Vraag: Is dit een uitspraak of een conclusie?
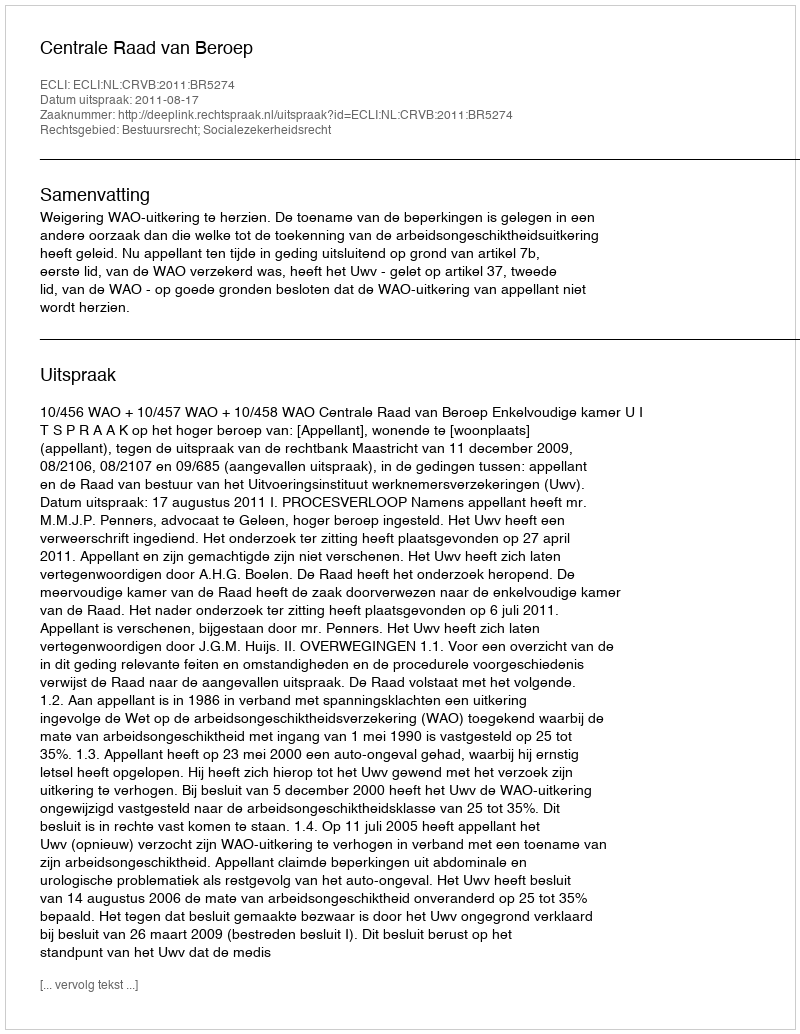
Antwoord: Uitspraak